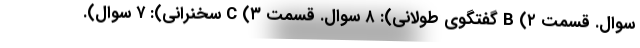
سوال. قسمت B (۲ گفتگوی طولانی): ۸ سوال. قسمت C (۳ سخنرانی): ۷ سوال).